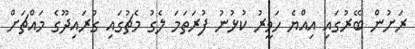
ރަށުން ބޭރުގައި އިއްޔެ ހަވީރު ކުޅުނު ފުރަތަމަ ލެގު މެޗުގައި ގުރައިދޫގެ މައްޗަށް